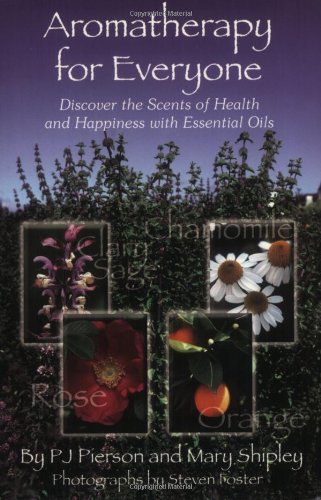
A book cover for Aromatherapy for Everyone: Discover the Secrets of Health and Happiness with Essential Oils; P.J. Pierson; Health, Fitness & Dieting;